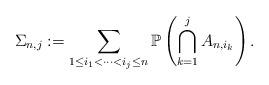
LaTeX: \begin{align*}\Sigma_{n,j}: = \sum_{1 \leq i_1 < \cdots <i_j \leq n} \mathbb{P}\left(\bigcap_{k = 1}^j A_{n,i_k}\right).\end{align*}